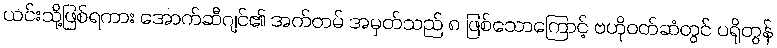
ယင်းသို့ဖြစ်ရကား အောက်ဆီဂျင်၏ အက်တမ် အမှတ်သည် ၈ ဖြစ်သောကြောင့် ဗဟိုဝတ်ဆံတွင် ပရိုတွန်